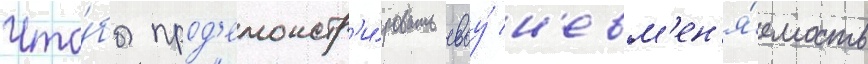
Что́бы прод'емонстр'и́ровать своу́ н'евм'ен'я́емость